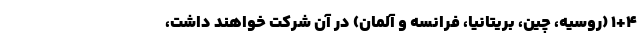
1+4 (روسیه، چین، بریتانیا، فرانسه و آلمان) در آن شرکت خواهند داشت،